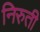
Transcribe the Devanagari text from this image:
निरुती